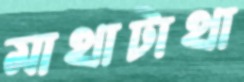
মাথাটাথা